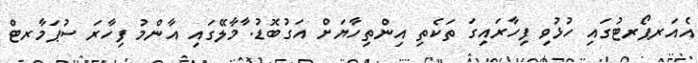
އެއަރޕޯރޓުގައި ހުޅުވި ފިހާރައިގަ ތަކެތި އިންތިހާޔަށް އަގުބޮޑު. ާމާލޭގައި އާންމު ފިހާރަ ސުޕަމާރޓް